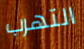
التهرب